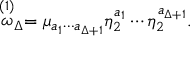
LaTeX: \stackrel { ( 1 ) } { \omega } _ { \Delta } = \mu _ { a _ { 1 } \cdots a _ { \Delta + 1 } } \eta _ { 2 } ^ { a _ { 1 } } \cdots \eta _ { 2 } ^ { a _ { \Delta + 1 } } .